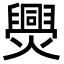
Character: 爂